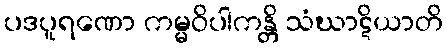
ပဒပူရဏော ကမ္မဝိပါကန္တိ သံဃာဋိယာတိ